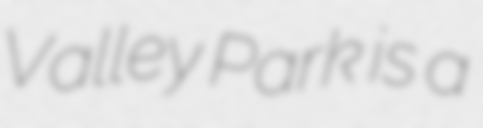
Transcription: Valley Park is a